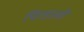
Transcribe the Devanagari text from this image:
चिरडली